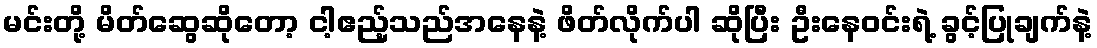
မင်းတို့ မိတ်ဆွေဆိုတော့ ငါ့ဧည့်သည်အနေနဲ့ ဖိတ်လိုက်ပါ ဆိုပြီး ဦးနေဝင်းရဲ့ ခွင့်ပြုချက်နဲ့